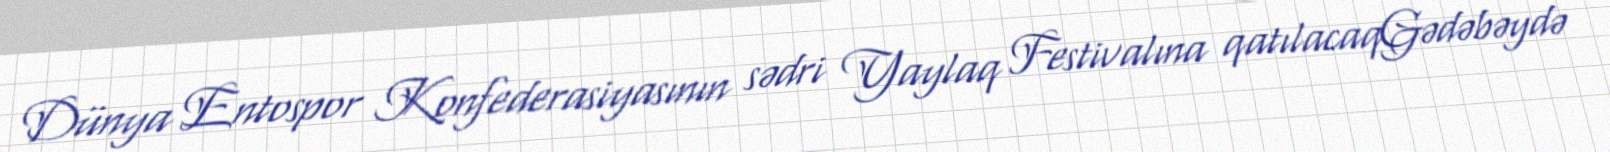
Dünya Entospor Konfederasiyasının sədri Yaylaq Festivalına qatılacaqGədəbəydə